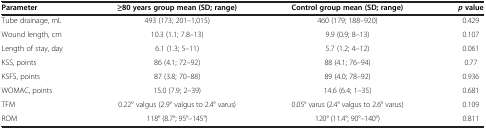
<table><thead><tr><td><b>Parameter</b></td><td><b>≥80 years group mean (SD; range)</b></td><td><b>Control group mean (SD; range)</b></td><td><b><i>p</i>value</b></td></tr></thead><tbody><tr><td>Tube drainage, mL</td><td>493 (173; 201–1,015)</td><td>460 (179; 188–920)</td><td>0.429</td></tr><tr><td>Wound length, cm</td><td>10.3 (1.1; 7.8–13)</td><td>9.9 (0.9; 8–13)</td><td>0.107</td></tr><tr><td>Length of stay, day</td><td>6.1 (1.3; 5–11)</td><td>5.7 (1.2; 4–12)</td><td>0.061</td></tr><tr><td>KSS, points</td><td>86 (4.1; 72–92)</td><td>88 (4.1; 76–94)</td><td>0.77</td></tr><tr><td>KSFS, points</td><td>87 (3.8; 70–88)</td><td>89 (4.0; 78–92)</td><td>0.936</td></tr><tr><td>WOMAC, points</td><td>15.0 (7.9; 2–39)</td><td>14.6 (6.4; 1–35)</td><td>0.681</td></tr><tr><td>TFM</td><td>0.22° valgus (2.9° valgus to 2.4° varus)</td><td>0.05° varus (2.4° valgus to 2.6° varus)</td><td>0.109</td></tr><tr><td>ROM</td><td>118° (8.7°; 95°–145°)</td><td>120° (11.4°; 90°–140°)</td><td>0.811</td></tr></tbody></table>